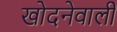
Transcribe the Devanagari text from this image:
खोदनेवाली